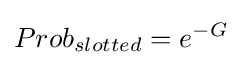
Prob_{slotted}=e^{-G}